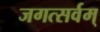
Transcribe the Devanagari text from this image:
जगत्सर्वम्